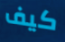
كيف